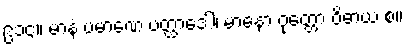
၉၁၄။ မာနံ ပမာဏေ ပတ္ထာဒေါ၊ မာနော ဝုတ္တော ဝိဓာယ စ။